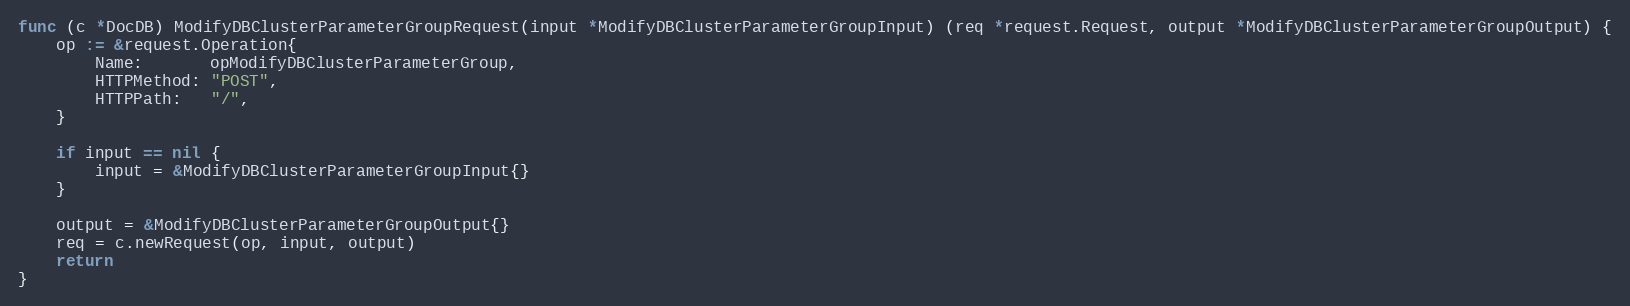
Language: Go
func (c *DocDB) ModifyDBClusterParameterGroupRequest(input *ModifyDBClusterParameterGroupInput) (req *request.Request, output *ModifyDBClusterParameterGroupOutput) {
	op := &request.Operation{
		Name:       opModifyDBClusterParameterGroup,
		HTTPMethod: "POST",
		HTTPPath:   "/",
	}

	if input == nil {
		input = &ModifyDBClusterParameterGroupInput{}
	}

	output = &ModifyDBClusterParameterGroupOutput{}
	req = c.newRequest(op, input, output)
	return
}